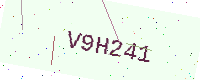
Text: V9H241